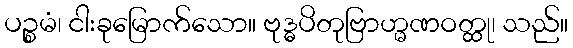
ပဉ္စမံ၊ ငါးခုမြောက်သော။ ဗုဒ္ဓပိတုဗြာဟ္မဏဝတ္ထု၊ သည်။